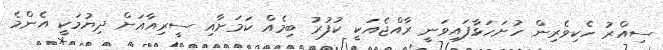
ސިއްރު ހެކިވެރިން ހުށަހަޅާފައިވަނީ ރާއްޖެއަކީ ކުފުރު ބިމެއް ކަމަށާއި ސީރިއާއަށް ދިޔުމަކީ އެންމެ